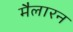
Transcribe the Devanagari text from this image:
मैलारन